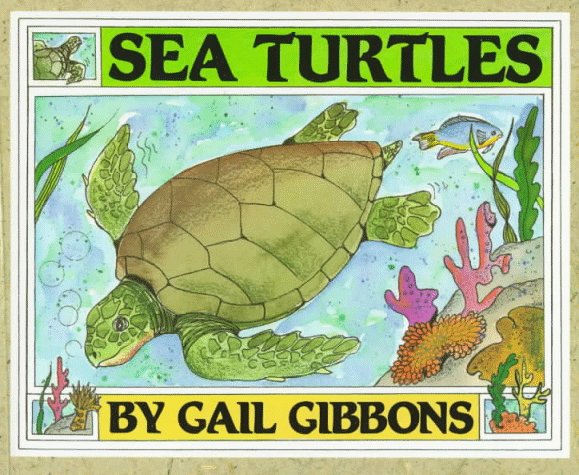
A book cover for Sea Turtles; Gail Gibbons; Children's Books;